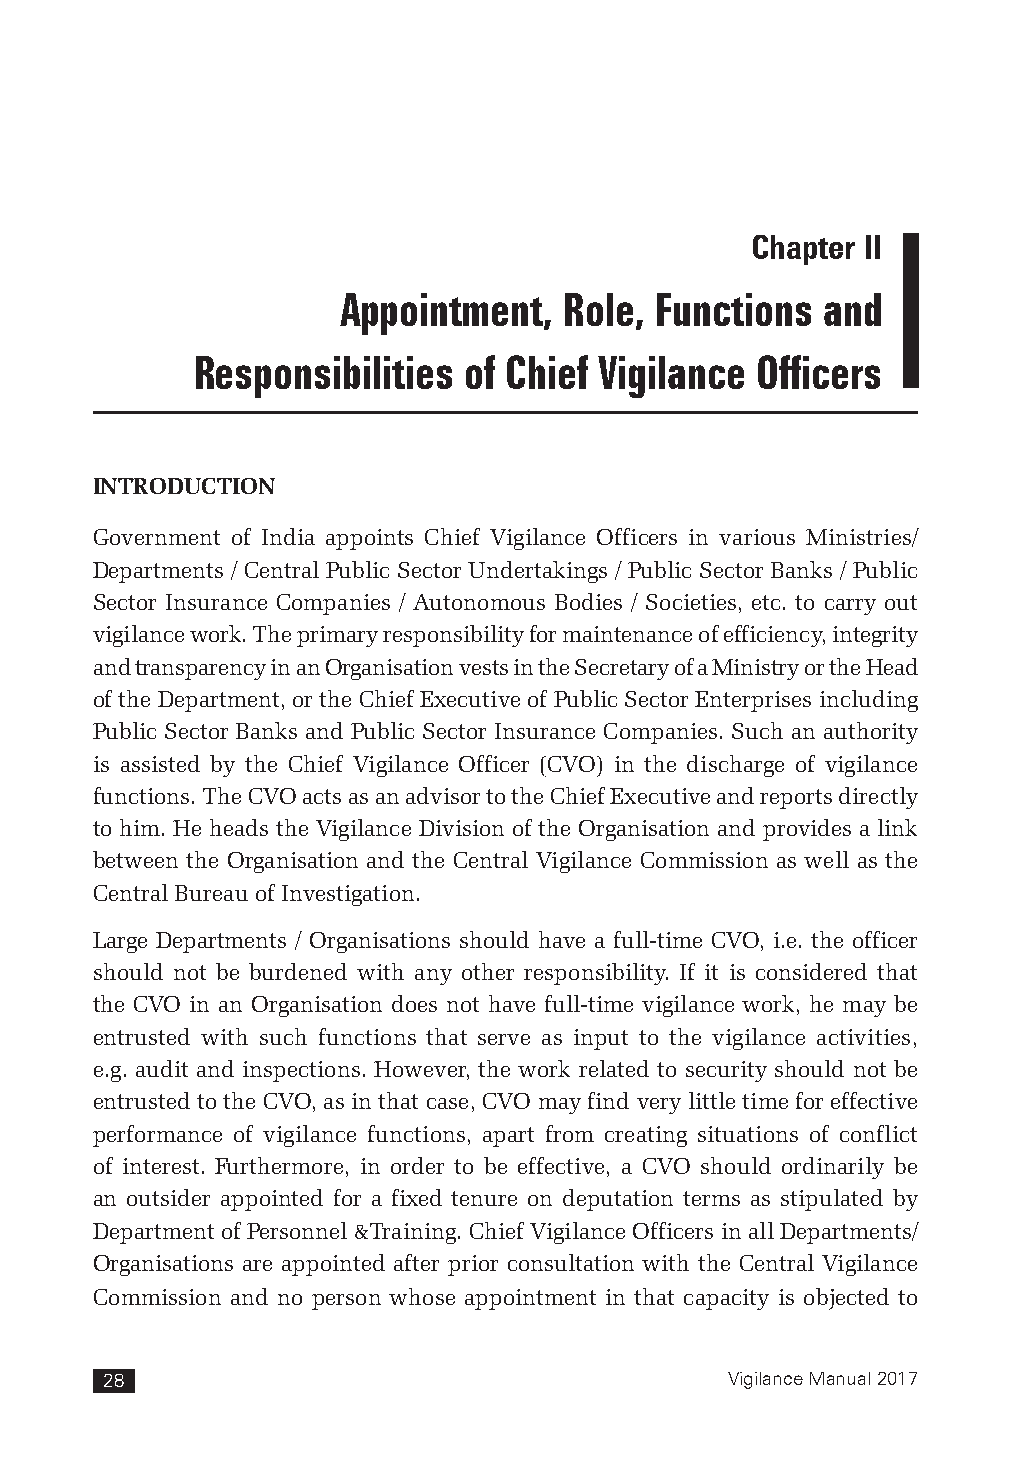
Chapter II
 Appointment,   Role, Functions  and
 Responsibilities  of Chief Vigilance Officers
 INTRODUCTION
 Government of India appoints Chief Vigilance Officers in various Ministries/
 Departments / Central Public Sector Undertakings / Public Sector Banks / Public
 Sector Insurance Companies / Autonomous Bodies / Societies, etc. to carry out
 vigilance work. The primary responsibility for maintenance of efficiency, integrity
 and transparency in an Organisation vests in the Secretary of a Ministry or the Head
 of the Department, or the Chief Executive of Public Sector Enterprises including
 Public Sector Banks and Public Sector Insurance Companies. Such an authority
 is assisted by the Chief Vigilance Officer (CVO) in the discharge of vigilance
 functions. The CVO acts as an advisor to the Chief Executive and reports directly
 to him. He heads the Vigilance Division of the Organisation and provides a link
 between the Organisation and the Central Vigilance Commission as well as the
 Central Bureau of Investigation.
 Large Departments / Organisations should have a full-time CVO, i.e. the officer
 should not be burdened with any other responsibility. If it is considered that
 the CVO in an Organisation does not have full-time vigilance work, he may be
 entrusted with such functions that serve as input to the vigilance activities,
 e.g. audit and inspections. However, the work related to security should not be
 entrusted to the CVO, as in that case, CVO may find very little time for effective
 performance of vigilance functions, apart from creating situations of conflict
 of interest. Furthermore, in order to be effective, a CVO should ordinarily be
 an outsider appointed for a fixed tenure on deputation terms as stipulated by
 Department of Personnel &Training. Chief Vigilance Officers in all Departments/
 Organisations are appointed after prior consultation with the Central Vigilance
 Commission and no person whose appointment in that capacity is objected to
 28                                       Vigilance Manual 2017